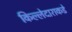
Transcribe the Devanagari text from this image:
किल्लेदाराकडे